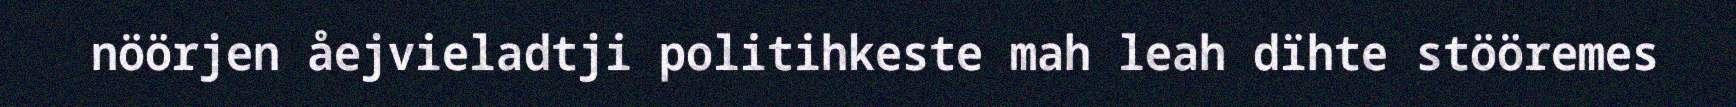
nöörjen åejvieladtji politihkeste mah leah dïhte stööremes